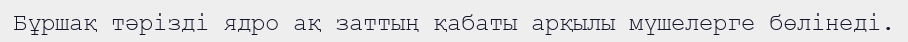
Бұршақ тәрізді ядро ақ заттың қабаты арқылы мүшелерге бөлінеді.